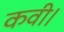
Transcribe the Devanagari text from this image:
कवी।